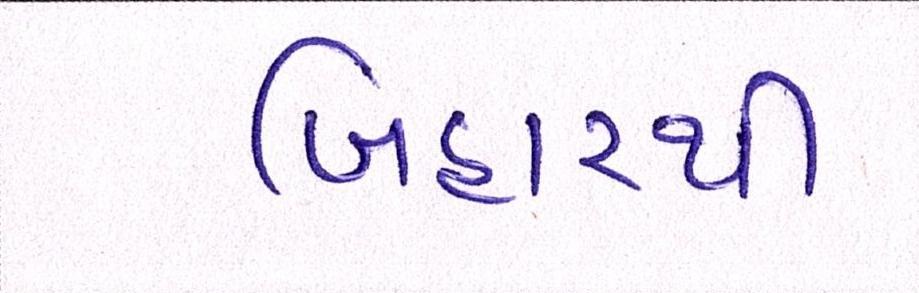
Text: બિહારથી